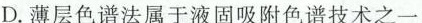
D.薄层色谱法属于液固吸附色谱技术之一